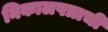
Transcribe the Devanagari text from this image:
निकालपत्राची